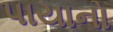
પાયાનો